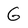
Character: G